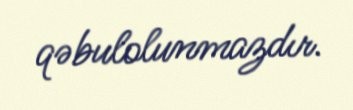
qəbulolunmazdır.